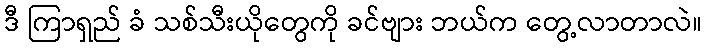
ဒီ ကြာရှည် ခံ သစ်သီးယိုတွေကို ခင်ဗျား ဘယ်က တွေ့လာတာလဲ။